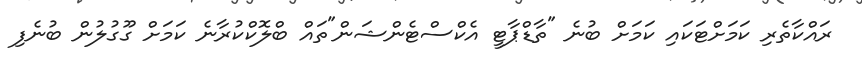
ރައްކާތެރި ކަމަށްޓަކައި ކަމަށް ބުނެ "ތާޑްޕާޓީ އެކްސްޓެންޝަން"ތައް ބްލޮކްކުރާނެ ކަމަށް ގޫގުލުން ބުނެފި